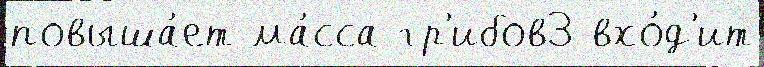
повыша́ет ма́сса гр'ибов3 вхо́д'ит